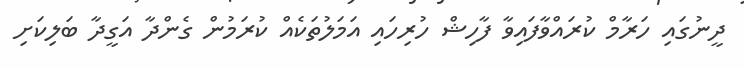
ދީނުގައި ހަރާމް ކުރައްވާފައިވާ ފާހިޝް ހުރިހައި އަމަލުތަކެއް ކުރަމުން ގެންދާ އަގީދާ ބަލިކަށި